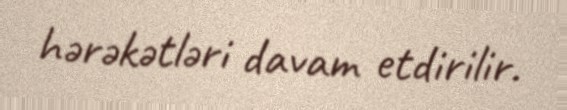
hərəkətləri davam etdirilir.